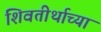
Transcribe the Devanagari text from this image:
शिवतीर्थाच्या